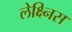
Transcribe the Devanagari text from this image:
लेक्ष्निस